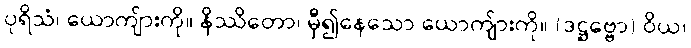
ပုရိသံ၊ ယောကျ်ားကို။ နိဿိတော၊ မှီ၍နေသော ယောကျ်ားကို။ (ဒဋ္ဌဗ္ဗော) ဝိယ၊